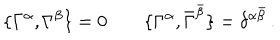
LaTeX: \{ \Gamma ^ { \alpha } , \Gamma ^ { \beta } \} = 0 \qquad \{ \Gamma ^ { \alpha } , \bar { \Gamma } ^ { \bar { \beta } } \} = \delta ^ { \alpha \bar { \beta } } \, .